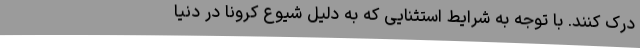
درک کنند. با توجه به شرایط استثنایی که به دلیل شیوع کرونا در دنیا